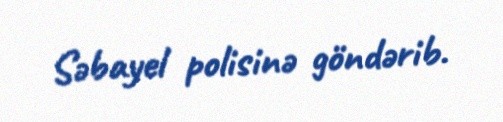
Səbayel polisinə göndərib.